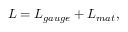
{ \cal L } = { \cal L } _ { g a u g e } + { \cal L } _ { m a t } ,